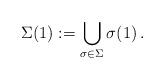
LaTeX: \begin{align*}\Sigma (1) :=\bigcup_{\sigma \in \Sigma} \sigma (1) \, .\end{align*}